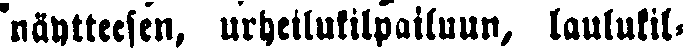
näytteesen, urheilukilpailuun, laulukil-